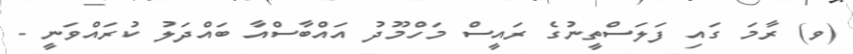
(ވ) ރާމަ ގައި ފަލަސްތީނުގެ ރައީސް މަހްމޫދު އައްބާސްއާ ބައްދަލު ކުރައްވަނީ -